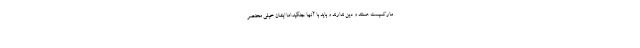
مارکسیست هستند و دین ندارند و باید با آنها جنگید.اما ایشان خیلی مختصر